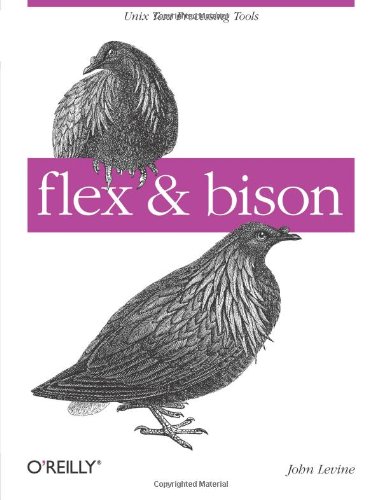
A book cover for flex & bison: Text Processing Tools; John Levine; Computers & Technology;